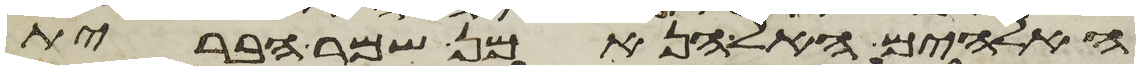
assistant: האלהים האל הנאמן שמר הברית